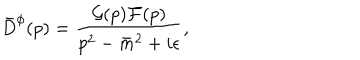
LaTeX: { \bar { D } } ^ { \phi } ( p ) = \frac { { \cal G } ( p ) { \cal F } ( p ) } { p ^ { 2 } - { \bar { m } } ^ { 2 } + i \epsilon } ,